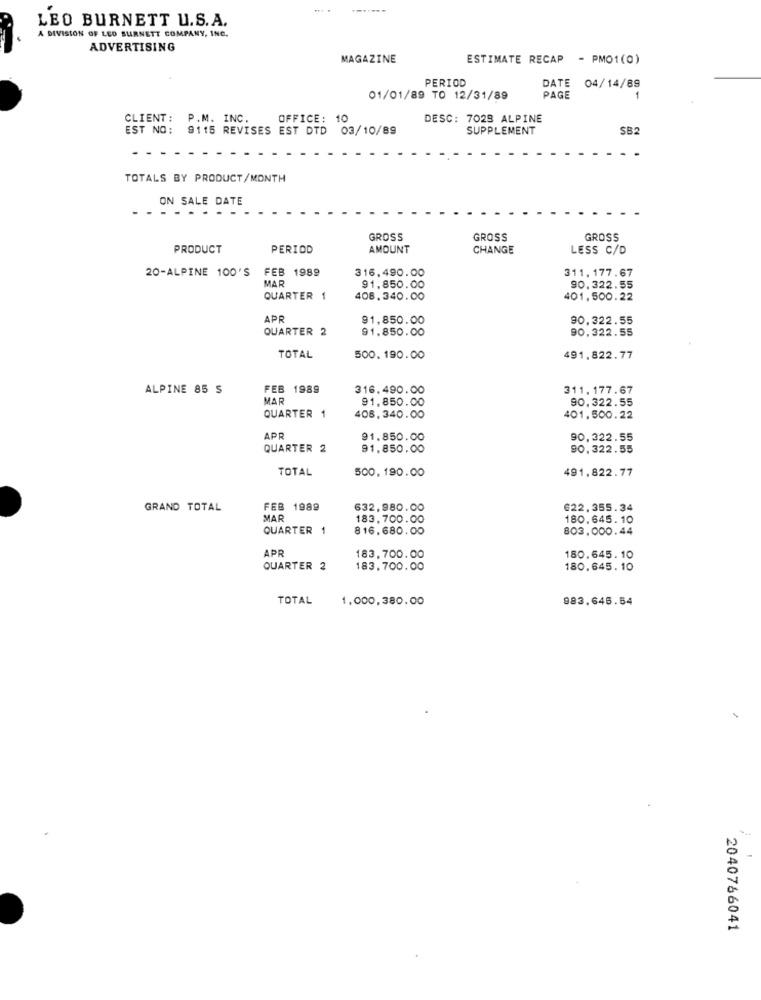
LEO BURNETT U.S.A.
A DIVISION OF LEO BURNETT COMPANY, INC.
ADVERTISING
MAGAZINE
ESTIMATE RECAP - PMO1(0)
PERIOD
DATE 04/14/89
01/01/89 TO 12/31/89
PAGE
CLIENT: P.M. INC.
OFFICE: 10
DESC: 7028 ALPINE
EST NO: 9115 REVISES EST DTD 03/10/89
SUPPLEMENT
SB2
TOTALS BY PRODUCT/MONTH
ON SALE DATE
GROSS
GROSS
GROSS
PRODUCT
PERIOD
AMOUNT
CHANGE
LESS C/D
20-ALPINE 100'S
B 1989
316,490.00
311. 177.67
MAR
91.850.00
90.322.55
QUARTER 1
408.340.00
401.500.22
APR
91.850.00
90.322.55
QUARTER 2
91.850.00
90,322.55
TOTAL
500.190.00
491.822.77
ALPINE 85 $
FEB 1
316.490.00
311. 177.67
MAR
91.850.00
90, 322.55
QUARTER 1
408.340.00
401.500.22
APP
91.850.00
90,322.55
QUARTER 2
91.850.00
90.322.55
TOTAL
500, 190.00
491,822.77
GRAND TOTAL
FEB 1989
632,980.00
622,355.34
MAR
183,700.00
180.645.10
QUARTER 1
816.680.00
803.000.44
APR
183,700.00
180.645.10
QUARTER 2
183.700.00
180.645.10
TOTAL
1.000,380.00
983.646.54
2040766041